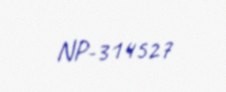
NP-314527